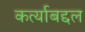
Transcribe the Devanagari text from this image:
कर्त्याबद्दल